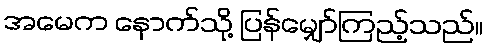
အမေက နောက်သို့ ပြန်မျှော်ကြည့်သည်။